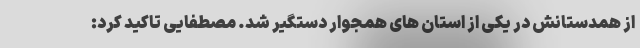
از همدستانش در یکی از استان های همجوار دستگیر شد. مصطفایی تاکید کرد: